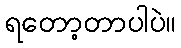
ရတော့တာပါပဲ။